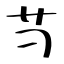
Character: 䒒